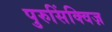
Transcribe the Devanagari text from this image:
पुरुसिंक्विज़